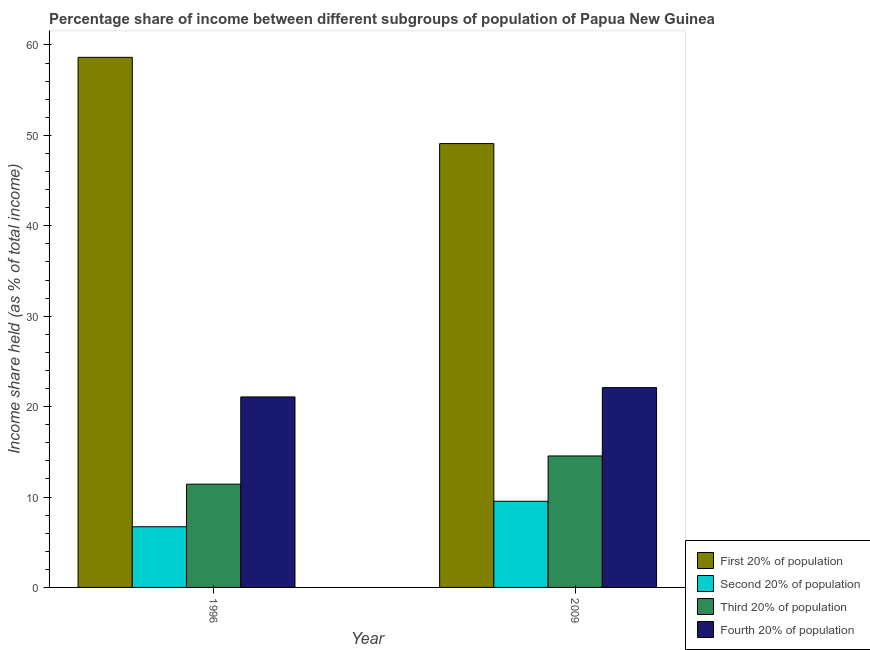
| Year | First 20% of population | Second 20% of population | Third 20% of population | Fourth 20% of population |
 | --- | --- | --- | --- | --- |
 | 1996 | 58.6 | 6.71 | 11.4 | 21.1 |
 | 2009 | 49.1 | 9.53 | 14.5 | 22.1 |